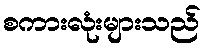
စကားလုံးများသည်